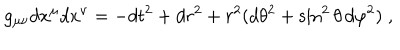
LaTeX: g _ { \mu \nu } d x ^ { \mu } d x ^ { \nu } = - d t ^ { 2 } + d r ^ { 2 } + r ^ { 2 } ( d \theta ^ { 2 } + \sin ^ { 2 } \theta \, d \varphi ^ { 2 } ) \; ,